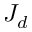
J _ { d }